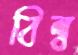
বিল্ব